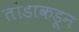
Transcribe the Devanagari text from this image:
तोंडाकडून